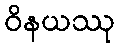
ဝိနယဿု